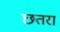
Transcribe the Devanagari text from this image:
छतरा